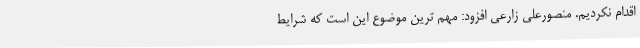
اقدام نکردیم. منصورعلی زارعی افزود: مهم ترین موضوع این است که شرایط